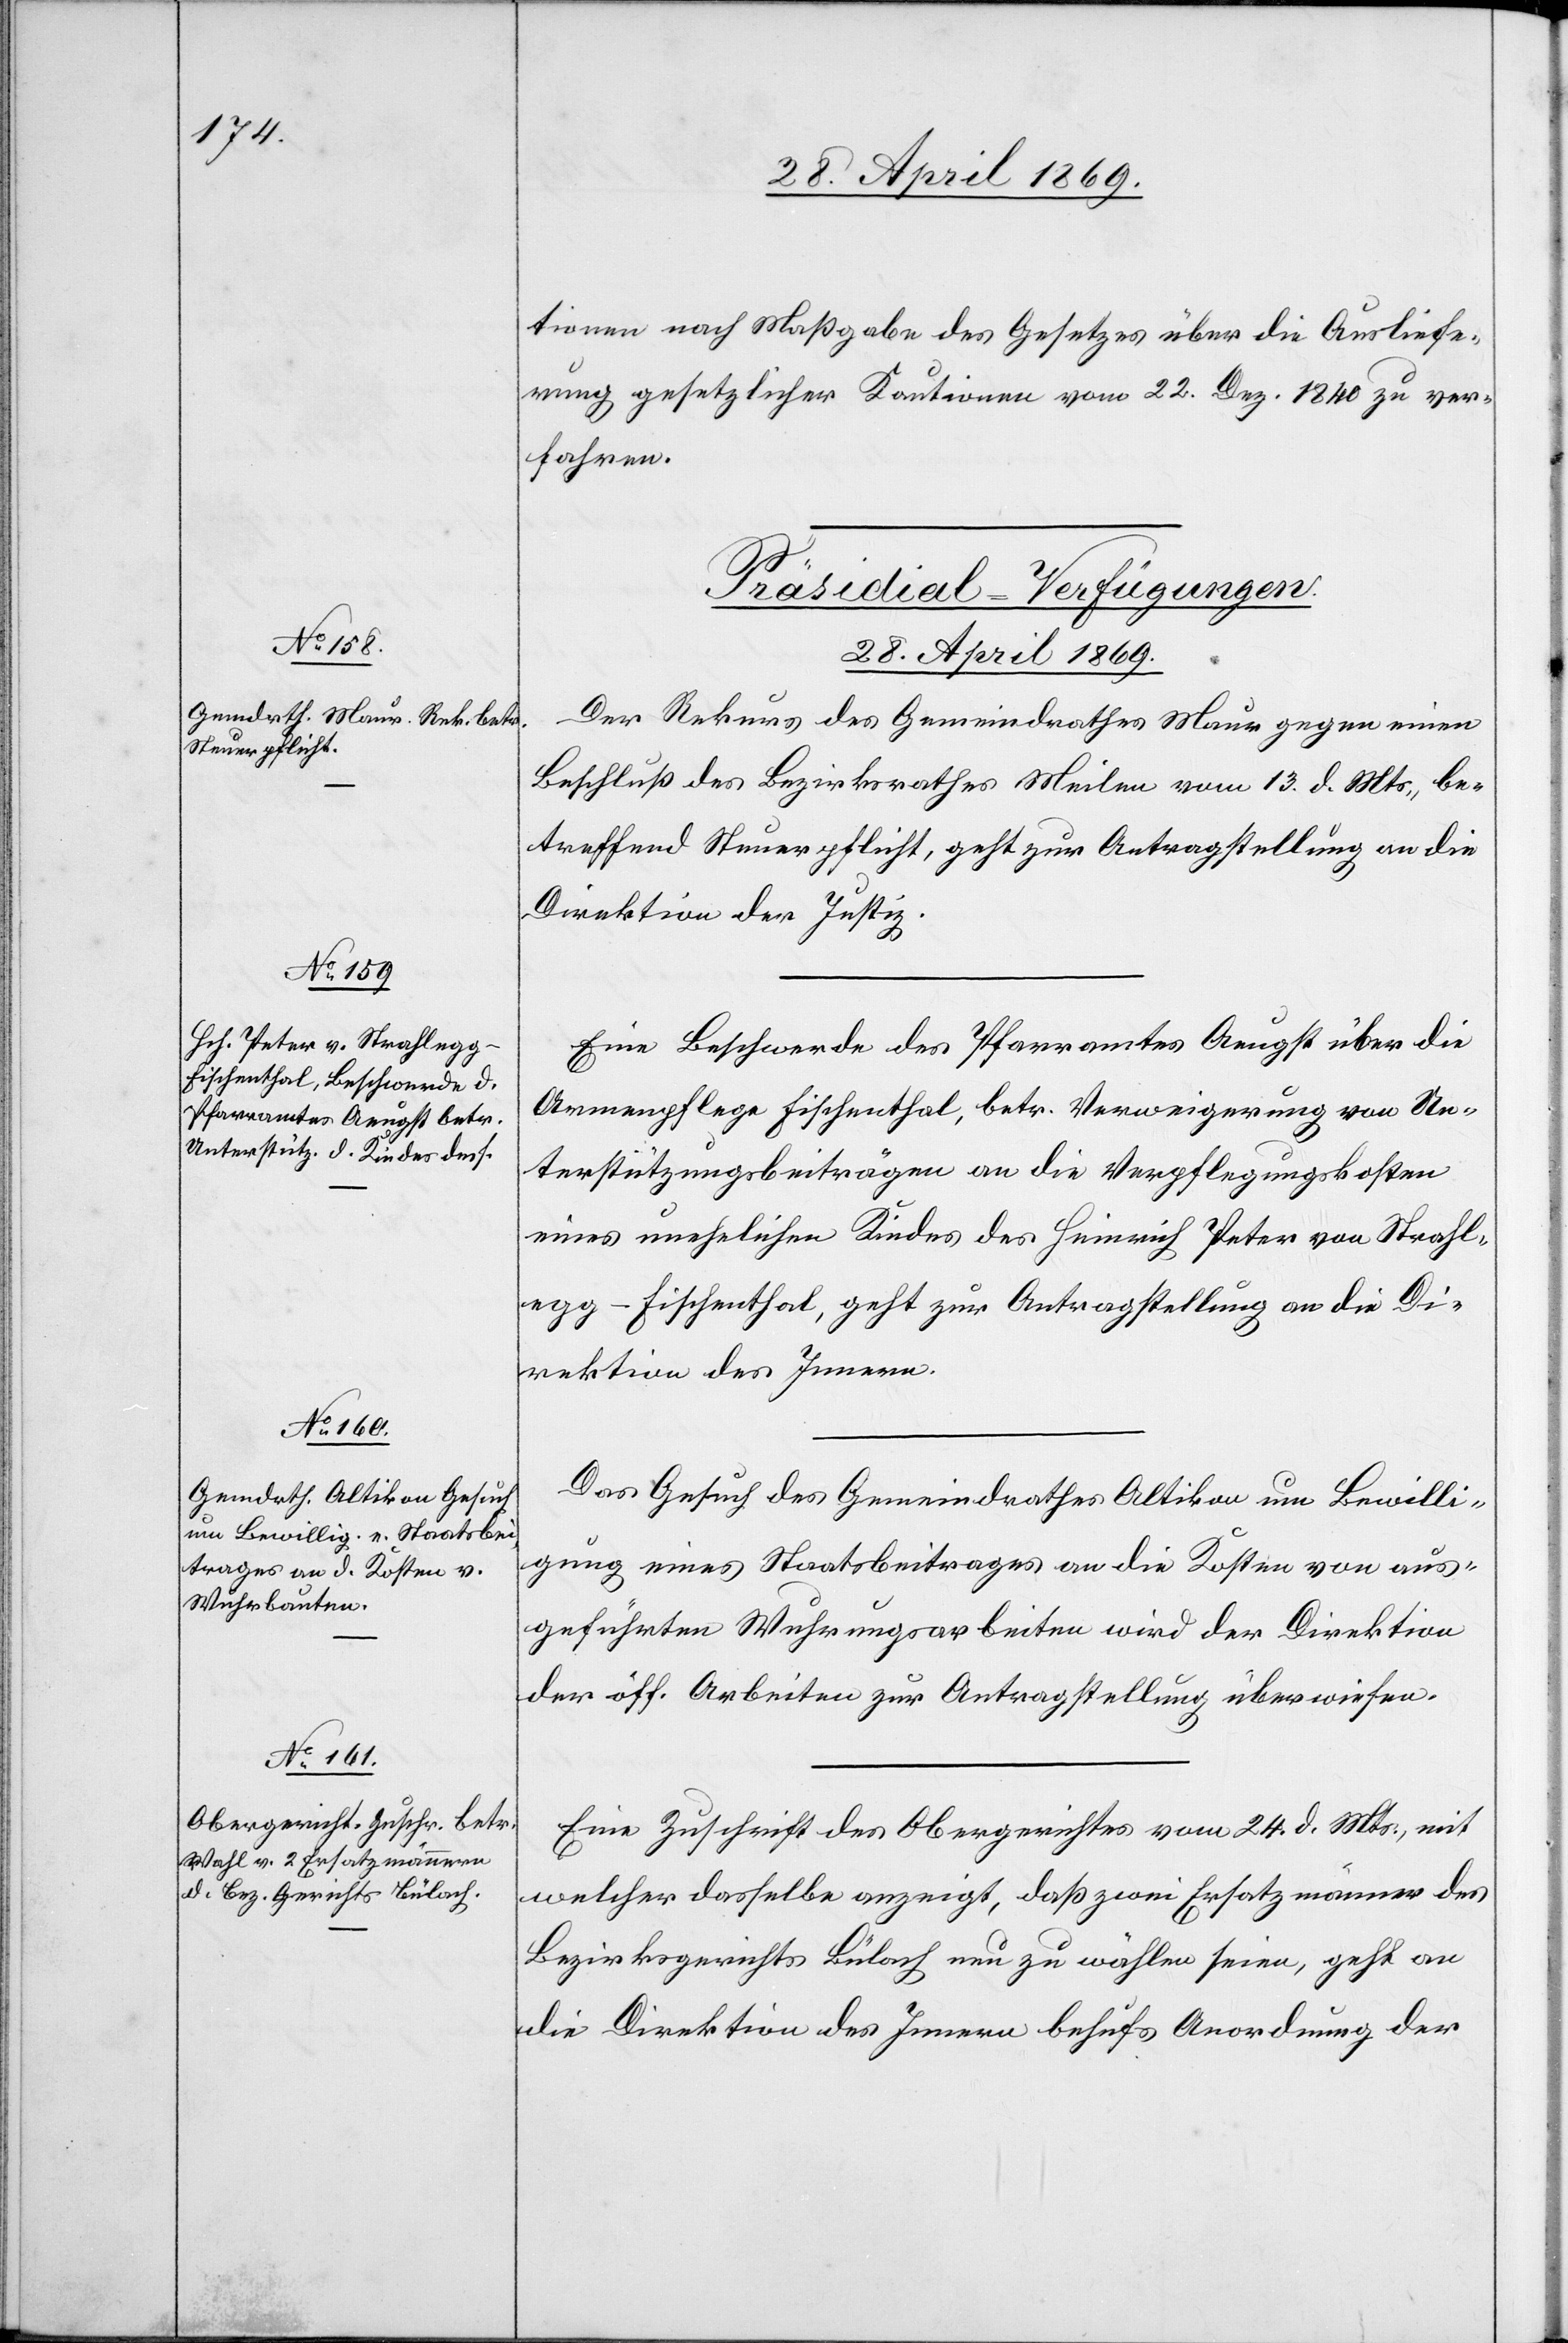
tionen nach Maßgabe des Gesetzes über die Ausliefe¬
rung gesetzlicher Kautionen vom 22. Dez. 1840 zu ver¬
fahren.
[Präsidial-Verfügungen.
28. April 1869.]
Der Rekurs des Gemeindrathes Maur gegen einen
Beschluß des Bezirksrathes Meilen vom 13. d. Mts., be¬
treffend Steuerpflicht, geht zur Antragstellung an die
Direktion der Justiz.
Eine Beschwerde des Pfarramtes Aeugst über die
Armenpflege Fischenthal, betr. Verweigerung von Un¬
terstützungsbeiträgen an die Verpflegungskosten
eines unehelichen Kindes des Heinrich Peter von Strahl¬
egg - Fischenthal, geht zur Antragstellung an die Di¬
rektion des Innern.
Das Gesuch des Gemeindrathes Altikon um Bewilli¬
gung eines Staatsbeitrages an die Kosten von aus¬
geführten Wuhrungen wird der Direktion
der öff. Arbeiten zur Antragstellung überwiesen.
Eine Zuschrift des Obergerichtes vom 24. d. Mts., mit
welcher dasselbe anzeigt, daß zwei Ersatzmänner des
Bezirksgerichtes Bülach neu zu wählen seien, geht an
die Direktion des Innern behufs Anordnung der